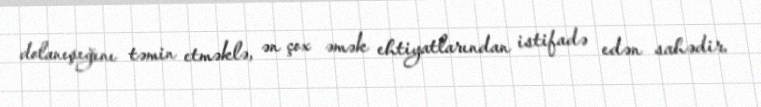
dolanışığını təmin etməklə, ən çox əmək ehtiyatlarından istifadə edən sahədir.